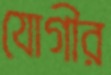
যোগীর